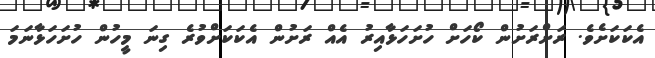
އެކަކަށެވެ. ރަށްރަށުން ކޯހަށް ހުށަހަޅާއިރު އެއް ރަށުން އެކަކަށްވުރެ ގިނަ މީހުން ހުށަހަޅާނަމަ